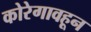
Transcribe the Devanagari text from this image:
कोरेगावहून